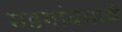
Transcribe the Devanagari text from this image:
मडगांवमध्ये